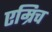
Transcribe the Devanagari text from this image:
एम्रिच